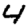
Digit: 4